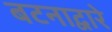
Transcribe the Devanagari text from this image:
बटनाद्वारे